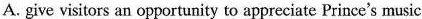
A. give visitors an opportunity to appreciate Prince's music